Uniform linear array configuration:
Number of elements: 24
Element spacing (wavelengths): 0.5
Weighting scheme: hamming
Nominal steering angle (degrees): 60
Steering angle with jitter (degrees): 61.721
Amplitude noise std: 0.05
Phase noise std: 0.05

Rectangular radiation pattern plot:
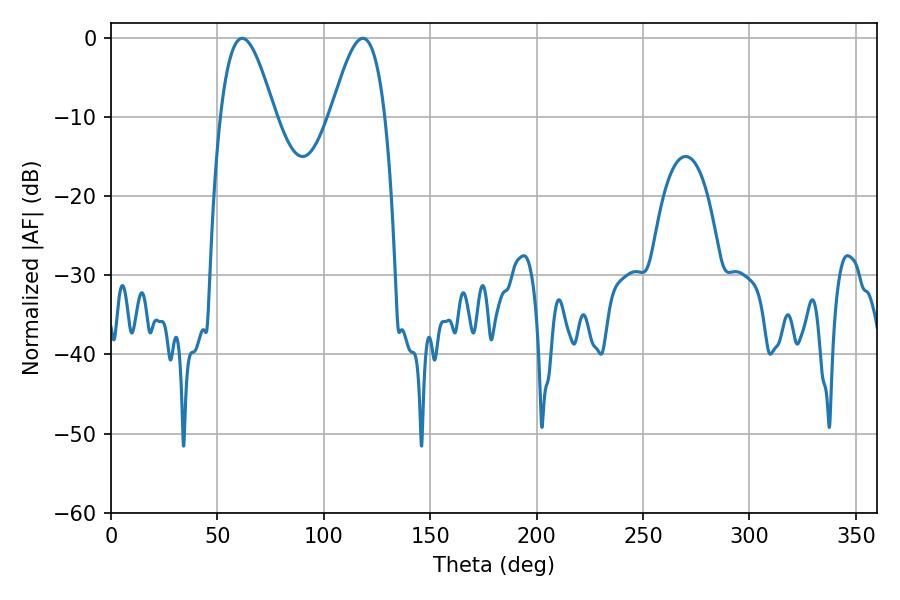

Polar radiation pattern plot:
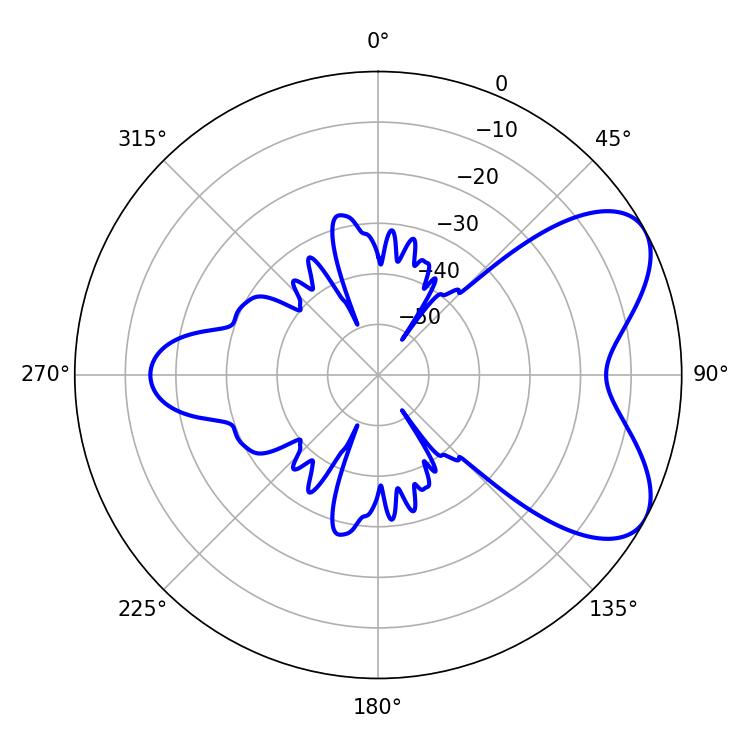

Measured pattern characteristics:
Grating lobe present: FALSE
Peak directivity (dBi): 6.293
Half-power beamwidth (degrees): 13.68
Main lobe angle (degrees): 61.56